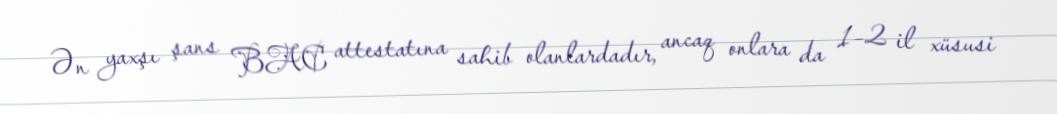
Ən yaxşı şans BAC attestatına sahib olanlardadır, ancaq onlara da 1–2 il xüsusi